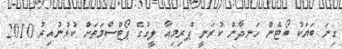
ގިނަ ބަޔަކު ބޯޓެން ހަނދާން ކުރަނީ ޕްރިމިއާ ލީގުގެ ޕޯޓްސްމަތަށް ކުޅުނުއިރު 2010